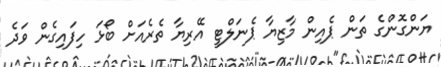
ޔަންގޮންގެ ތަން ޕެއިން މާޒިޔާ ޕެނަލްޓީ އޭރިޔާ ތެރެއަށް ބޯޅަ ހިފައިގެން ވަދެ